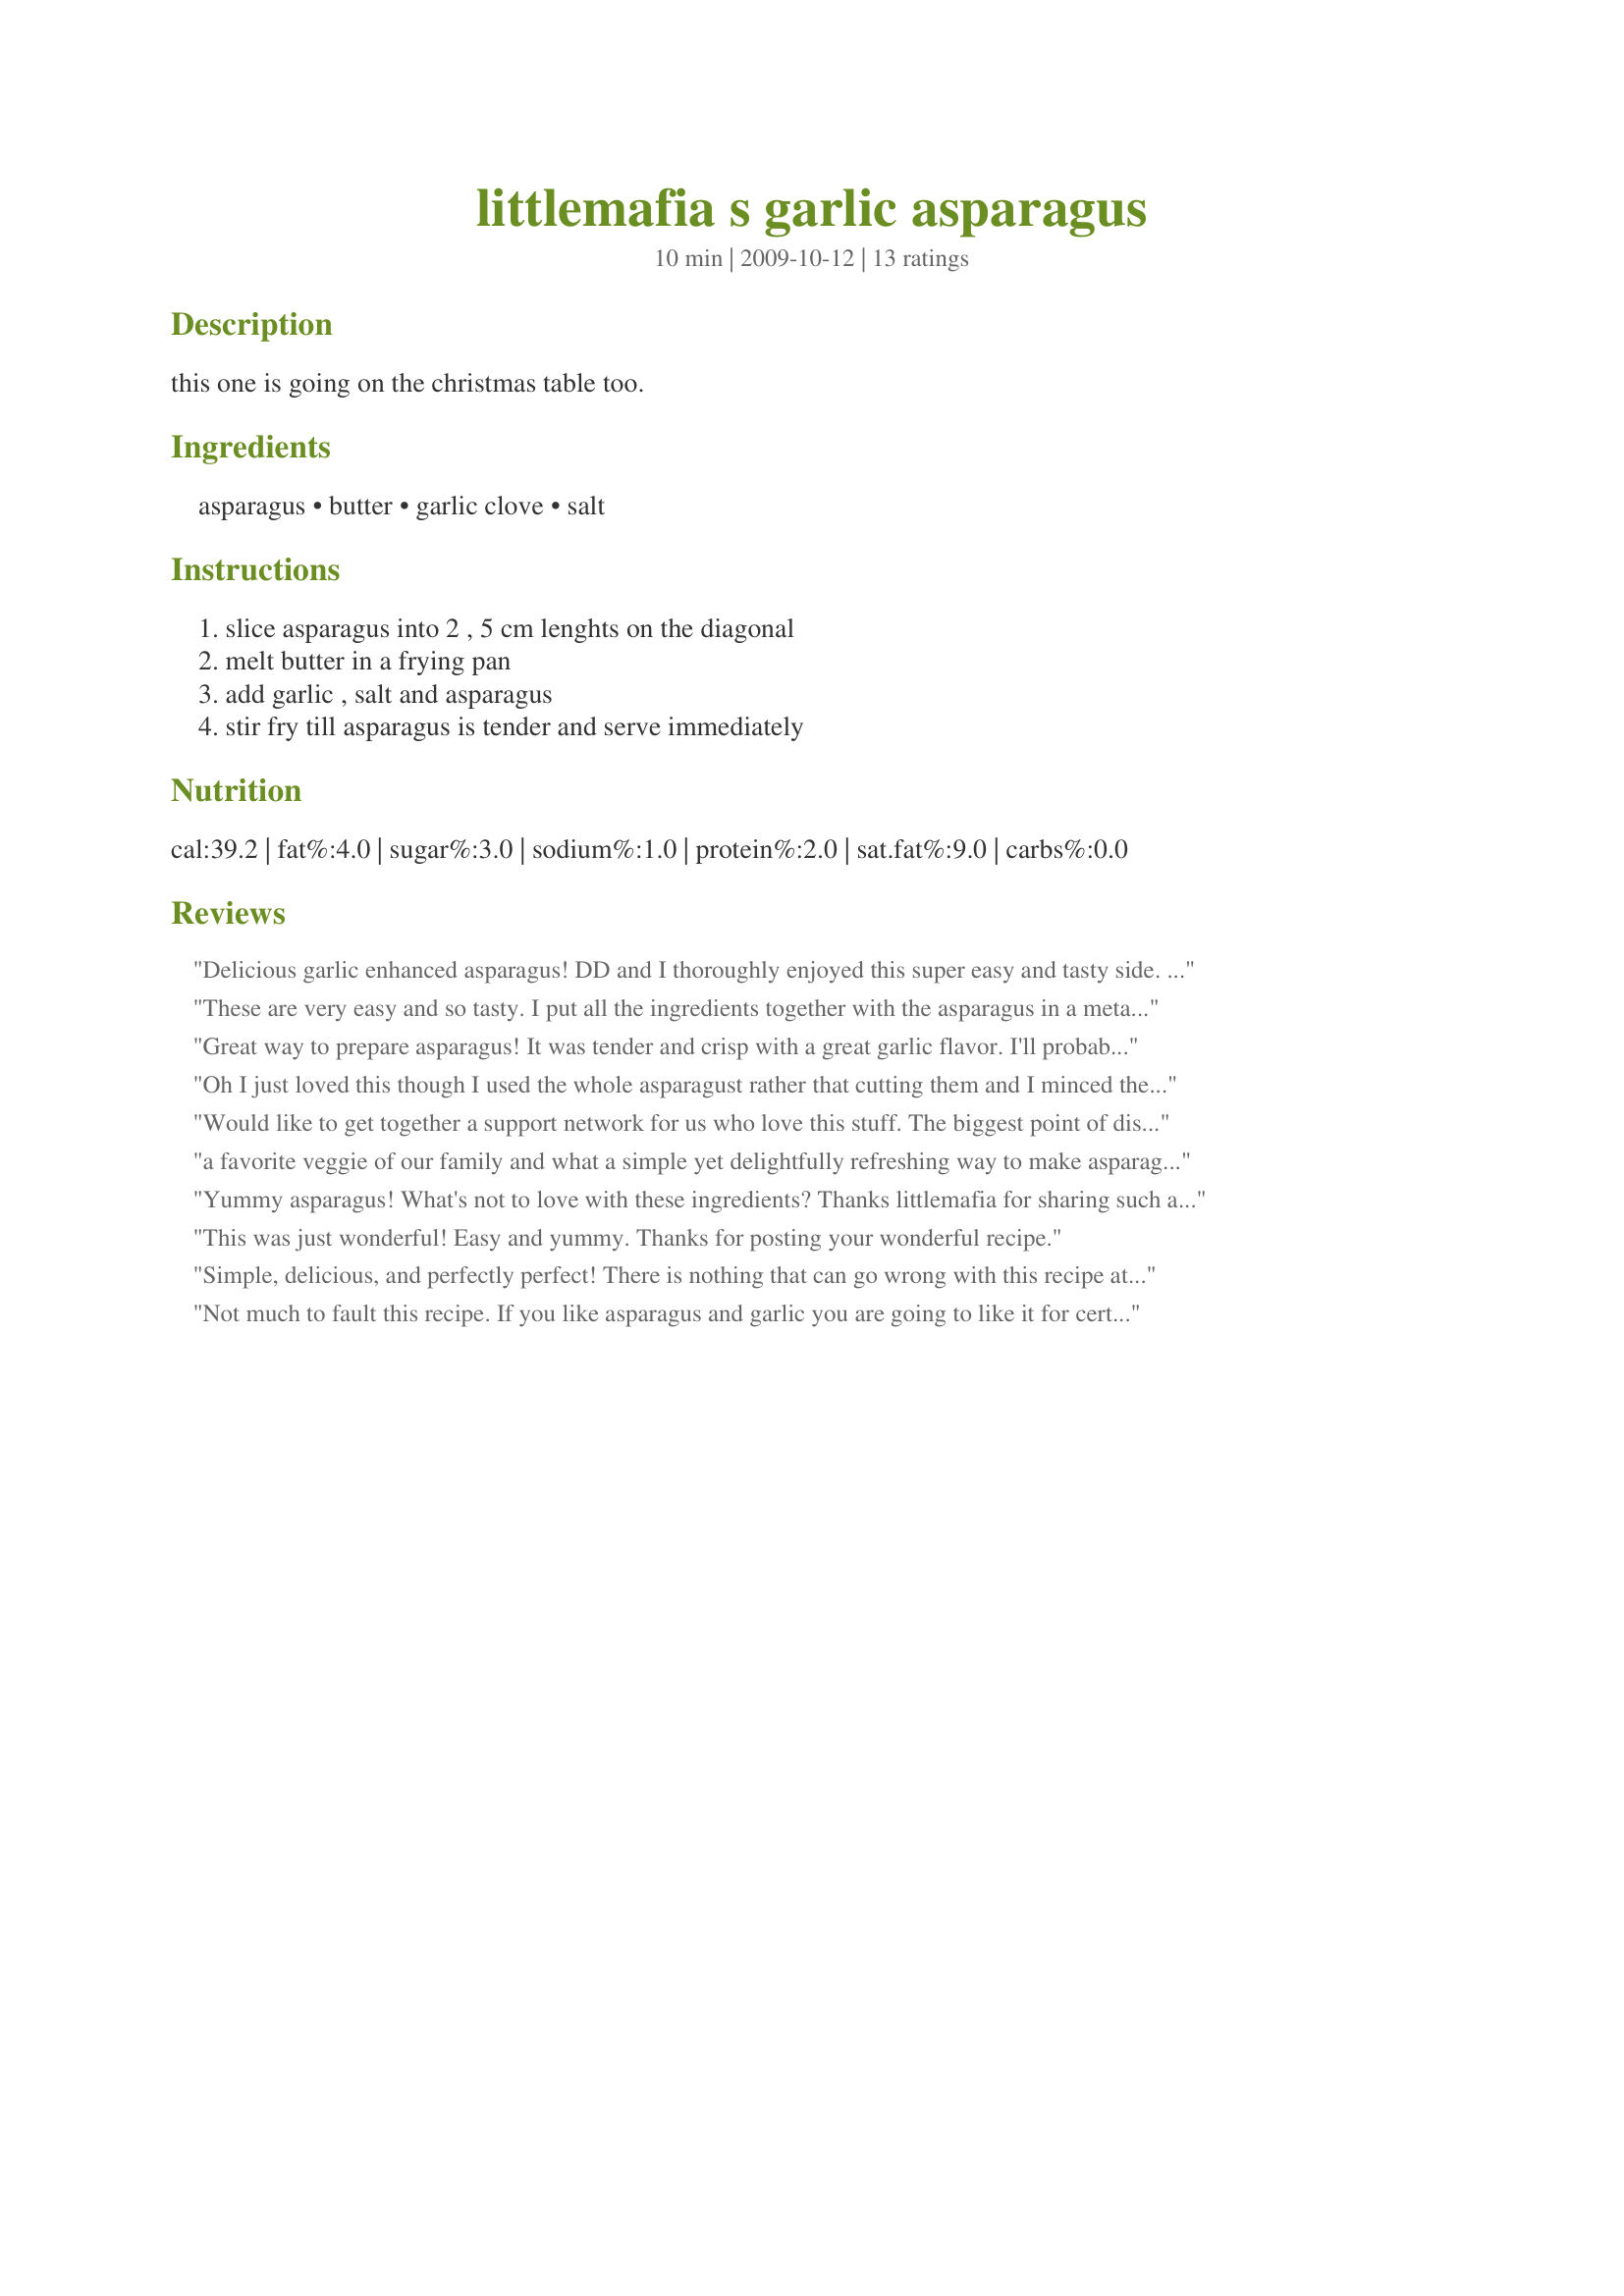
littlemafia s garlic asparagus
Preparation time: 10 minutes

this one is going on the christmas table too.

Ingredients:
asparagus, butter, garlic clove, salt

Steps:
slice asparagus into 2 , 5 cm lenghts on the diagonal, melt butter in a frying pan, add garlic , salt and asparagus, stir fry till asparagus is tender and serve immediately

Reviews:
Delicious garlic enhanced asparagus!
DD and I thoroughly enjoyed this super easy and tasty side. Made for Veg 'N Swap #16 tag.
These are very easy and so tasty. I put all the ingredients together with the asparagus in a metal pan and broiled them for 7 minutes, turning every 2 minutes. YUMMY!!
Great way to prepare asparagus! It was tender and crisp with a great garlic flavor. I'll probably use about half the butter next time. Thanks for sharing your recipe!
Oh I just loved this though I used the whole asparagust rather that cutting them and I minced the garlic and fried the whole spears for about 8 minutes in the garlic butter. The DH professed preference for another recipe but still thought this was good so looks like I will have to cook this when he on night shift. Thank you littlemafia, made for Every Day A Holiday.
Would like to get together a support network for us who love this stuff. The biggest point of discussion would definitely be how to deal with asparagus pee. 10 Stars
a favorite veggie of our family and what a simple yet delightfully refreshing way to make asparagus. Simple and delicious. My asperagus was very thin just how we live it so I too kept it single stemmed after triming the bottoms. They came together very quickly! Lovely.
Made for Aus/NZ April 2010 Swap
Yummy asparagus! What's not to love with these ingredients? Thanks littlemafia for sharing such a simple recipe. Made for Zaar Stars Tag.
This was just wonderful! Easy and yummy. Thanks for posting your wonderful recipe.
Simple, delicious, and perfectly perfect! There is nothing that can go wrong with this recipe at all. Made for the I Recommend Tag Game and I'm so glad I did!
Not much to fault this recipe. If you like asparagus and garlic you are going to like it for certain. I appreciated how easy it was to have going on a back burner while I prepared the rest of the meal. I used a lower fat olive oil based spread rather than butter and it still worked just fine. Made for vegetarian tag.
I love asparagus and garlic so I knew I couldn't go wrong with this. Such a yummy flavor. As it was cooking I got my linguini warmed up. They actually went real well together. I think mine cooked in about 5 or 6 minutes. Thanks for sharing littlemafia, was delicious. Made for Holiday Tag '09
This was great since we love asparagus and garlic. I upped the garlic to 3 cloves and added a pinch of red pepper flakes. Thanks for another delicious asparagus dish! Made for Zaar Cookbook Tag Game 2010.
Great asparagus and so easy to prepare! My asparagus was on the small size after I trimmed the tough ends, so I just left it whole. I slivered the garlic clove, which ended up getting crispy in the butter, and added a nice bite to the asparagus. Made for Spring 2010 PAC.
